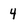
Character: 4